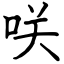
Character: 咲